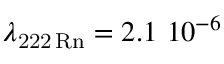
\lambda _ { \mathrm { 2 2 2 \, R n } } = 2 . 1 \ 1 0 ^ { - 6 }